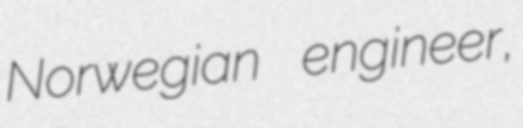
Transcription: Norwegian engineer,